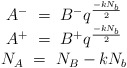
\begin{align*} \begin{array}{c} A^-~=~B^-q^{-kN_b\over 2}\\ A^+~=~B^+q^{-kN_b\over 2}\\ N_A~=~N_B-k N_b \end{array}\end{align*}